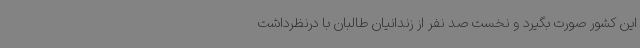
این کشور صورت بگیرد و نخست صد نفر از زندانیان طالبان با درنظرداشت